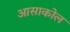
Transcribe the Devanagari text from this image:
आसाकोल